Leprosy in India: report of the Leprosy Commission in India, 1890-91
Year: 1890
Disease focus: Leprosy
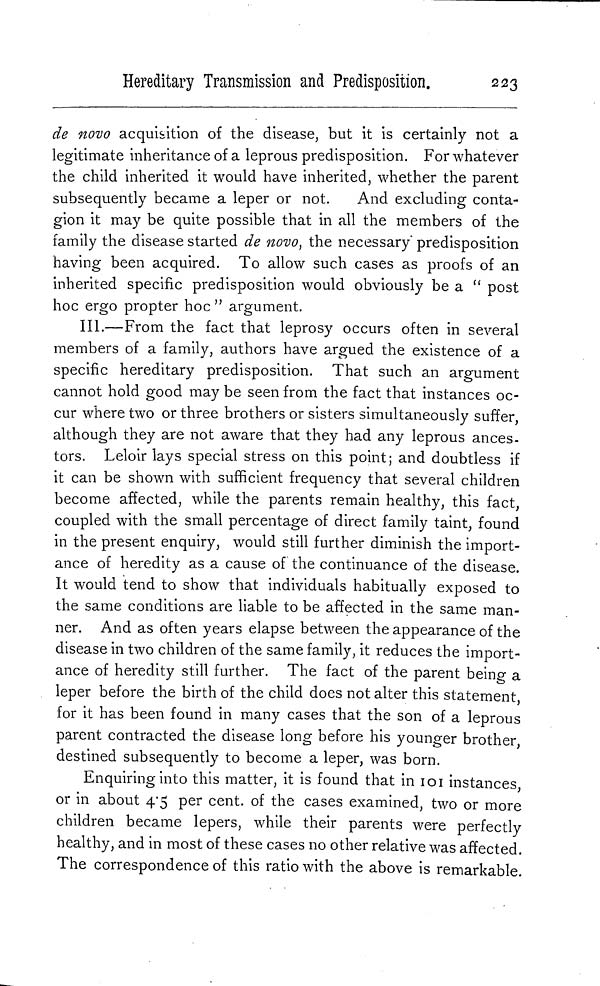
Hereditary Transmission and Predisposition.
223
de novo acquisition of the disease, but it is certainly not a
legitimate inheritance of a leprous predisposition. For whatever
the child inherited it would have inherited, whether the parent
subsequently became a leper or not.
And excluding conta-
gion it may be quite possible that in all the members of the
family the disease started de novo, the necessary predisposition
having been acquired. To allow such cases as proofs of an
inherited specific predisposition would obviously be a " post
hoc ergo propter hoc " argument.
III.—From the fact that leprosy occurs often in several
members of a family, authors have argued the existence of a
specific hereditary predisposition. That such an argument
cannot hold good may be seen from the fact that instances oc-
cur where two or three brothers or sisters simultaneously suffer,
although they are not aware that they had any leprous ances-
tors. Leloir lays special stress on this point; and doubtless if
it can be shown with sufficient frequency that several children
become affected, while the parents remain healthy, this fact,
coupled with the small percentage of direct family taint, found
in the present enquiry, would still further diminish the import-
ance of heredity as a cause of the continuance of the disease.
It would tend to show that individuals habitually exposed to
the same conditions are liable to be affected in the same man-
ner. And as often years elapse between the appearance of the
disease in two children of the same family, it reduces the import-
ance of heredity still further. The fact of the parent being a
leper before the birth of the child does not alter this statement,
for it has been found in many cases that the son of a leprous
parent contracted the disease long before his younger brother
destined subsequently to become a leper, was born.
Enquiring into this matter, it is found that in 101 instances
or in about 4.5 per cent. of the cases examined, two or more
children became lepers, while their parents were perfectly
healthy, and in most of these cases no other relative was affected.
The correspondence of this ratio with the above is remarkable.